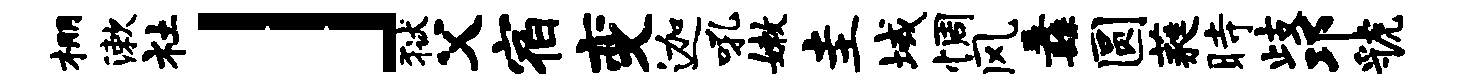
棚漱社」狱父宿变迦吼嫩圭域惆风纛圆蕤时歧邛虢